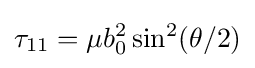
\tau _{11}=\mu b_{0}^{2}\sin ^{2}(\theta /2)